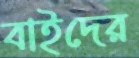
বাইদের